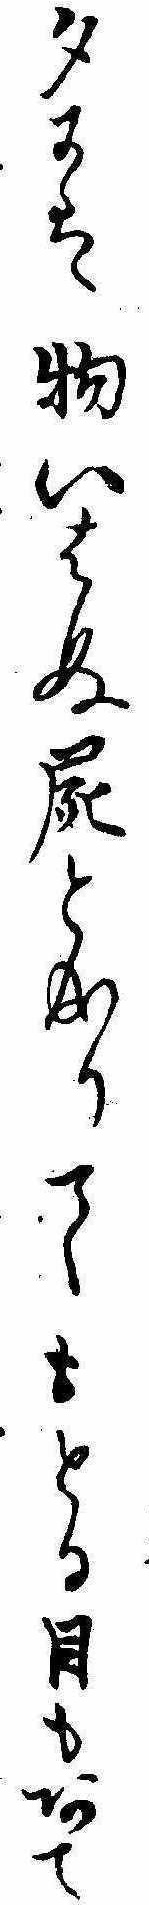
夕には物いはぬ屍と成りてもとる目もあて